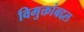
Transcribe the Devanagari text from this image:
विमुक्तांबद्दल